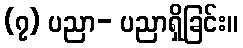
(၇) ပညာ- ပညာရှိခြင်း။